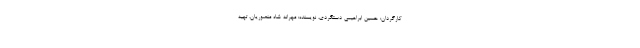
کارگردان: حسین ابراهیمی دستگردی، نویسنده: مهرانه شاه منصوریان، تهیه